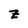
Character: z